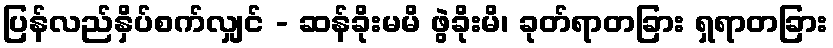
ပြန်လည်နှိပ်စက်လျှင် - ဆန်ခိုးမမိ ဖွဲခိုးမိ၊ ခုတ်ရာတခြား ရှရာတခြား